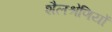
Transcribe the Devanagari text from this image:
शैलश्रेणियों